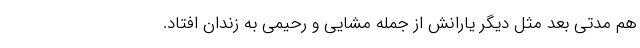
هم مدتی بعد مثل دیگر یارانش از جمله مشایی و رحیمی به زندان افتاد.